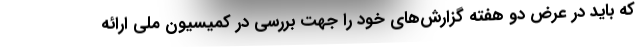
که باید در عرض دو هفته گزارش‌های خود را جهت بررسی در کمیسیون ملی ارائه